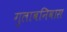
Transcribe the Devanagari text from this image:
गुलाबनिवास